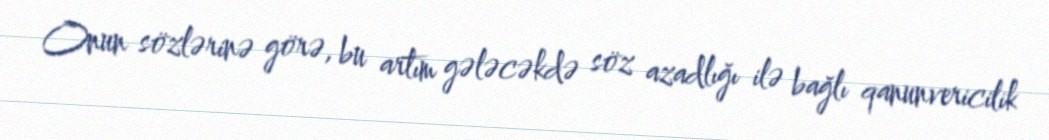
Onun sözlərinə görə, bu artım gələcəkdə söz azadlığı ilə bağlı qanunvericilik